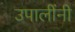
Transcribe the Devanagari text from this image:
उपालींनी